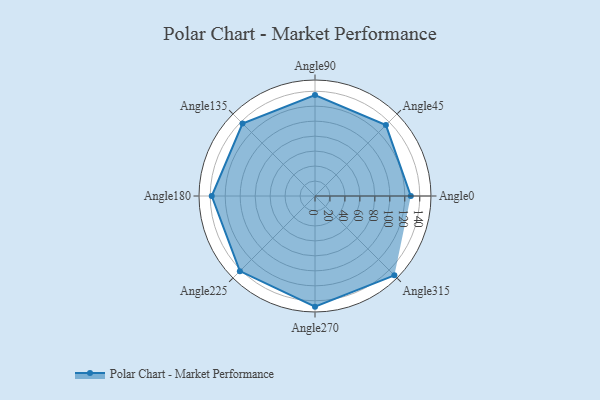
{"axis": {"x": "Angle", "y": "Radius"}, "legend": [""], "data": [{"x": "Angle0", "y": 128.0, "type": ""}, {"x": "Angle45", "y": 134.0, "type": ""}, {"x": "Angle90", "y": 135.0, "type": ""}, {"x": "Angle135", "y": 137.0, "type": ""}, {"x": "Angle180", "y": 138.0, "type": ""}, {"x": "Angle225", "y": 142.0, "type": ""}, {"x": "Angle270", "y": 148.0, "type": ""}, {"x": "Angle315", "y": 150.0, "type": ""}]}